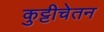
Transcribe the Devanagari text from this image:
कुट्टीचेतन